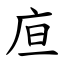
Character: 㡺